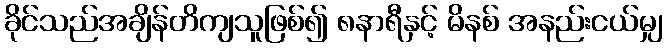
ခိုင်သည်အချိန်တိကျသူဖြစ်၍ ၈နာရီနှင့် မိနစ် အနည်းငယ်မျှ